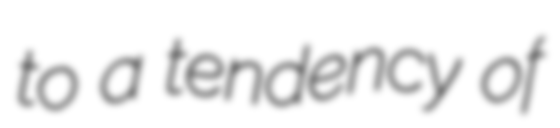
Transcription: to a tendency of